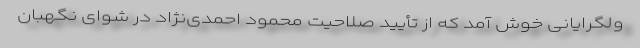
ولگرایانی خوش آمد که از تأیید صلاحیت محمود احمدی‌نژاد در شوای نگهبان